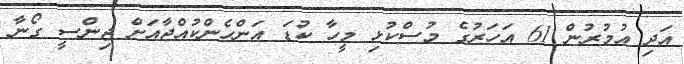
އަދި އުމުރުން 61 އަހަރުގެ މުސްކުޅި މީހާ ކުޑަ އަންހެންކުއްޖާއަށް ޖިންސީ ގޯނާ